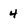
Character: 4